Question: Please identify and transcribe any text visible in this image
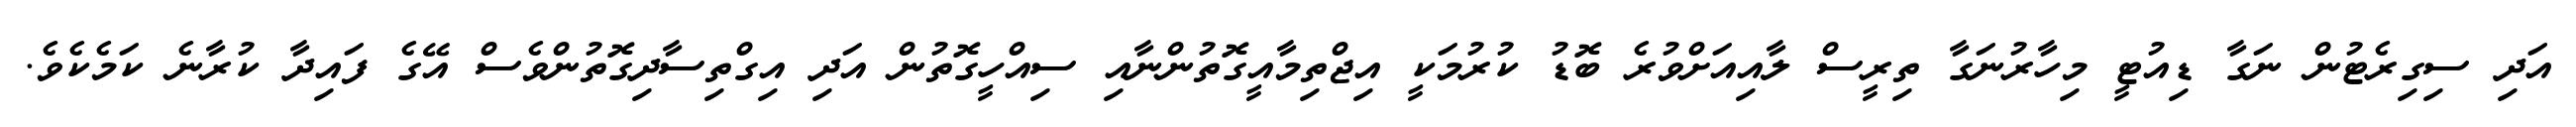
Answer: އަދި ސިގިރެޓުން ނަގާ ޑިއުޓީ މިހާރުނަގާ ތިރީސް ލާއިއަށްވުރެ ބޮޑު ކުރުމަކީ އިޖްތިމާއީގޮތުންނާއި ސިއްހީގޮތުން އަދި އިގްތިސާދިގޮތުންވެސް އޭގެ ފައިދާ ކުރާނެ ކަމެކެވެ.